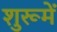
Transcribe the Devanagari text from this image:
शुरूमें